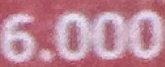
6.000